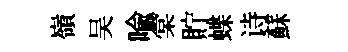
嶺吴喻棠貯蝶诗蘇